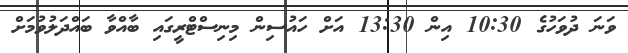
ވަނަ ދުވަހުގެ 10:30 އިން 13:30 އަށް ހައުސިން މިނިސްޓްރީގައި ބާއްވާ ބައްދަލުވުމަށް